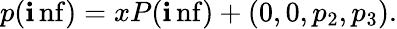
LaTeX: p(\operatorname*{\mathbf{i}nf})=xP(\operatorname*{\mathbf{i}nf})+(0,0,p_{2},p_{3}).